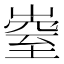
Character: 𡼄